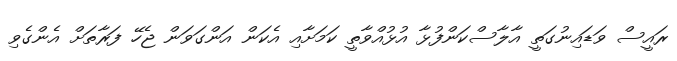
ރައީސް ވަޑައިނުގަތީ އާލާސްކަންފުޅާ އުޅުއްވާތީ ކަމަށާއި އެކަން އަންގަވަން ޖެހޭ ފަރާތަށް އެންގެވި